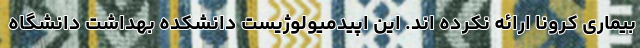
بیماری کرونا ارائه نکرده اند. این اپیدمیولوژیست دانشکده بهداشت دانشگاه